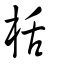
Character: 栝